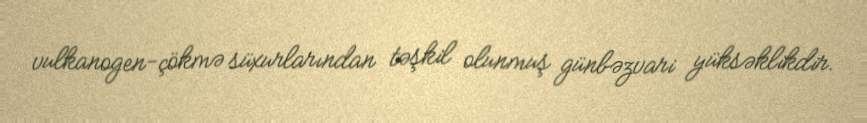
vulkanogen-çökmə süxurlarından təşkil olunmuş günbəzvari yüksəklikdir.